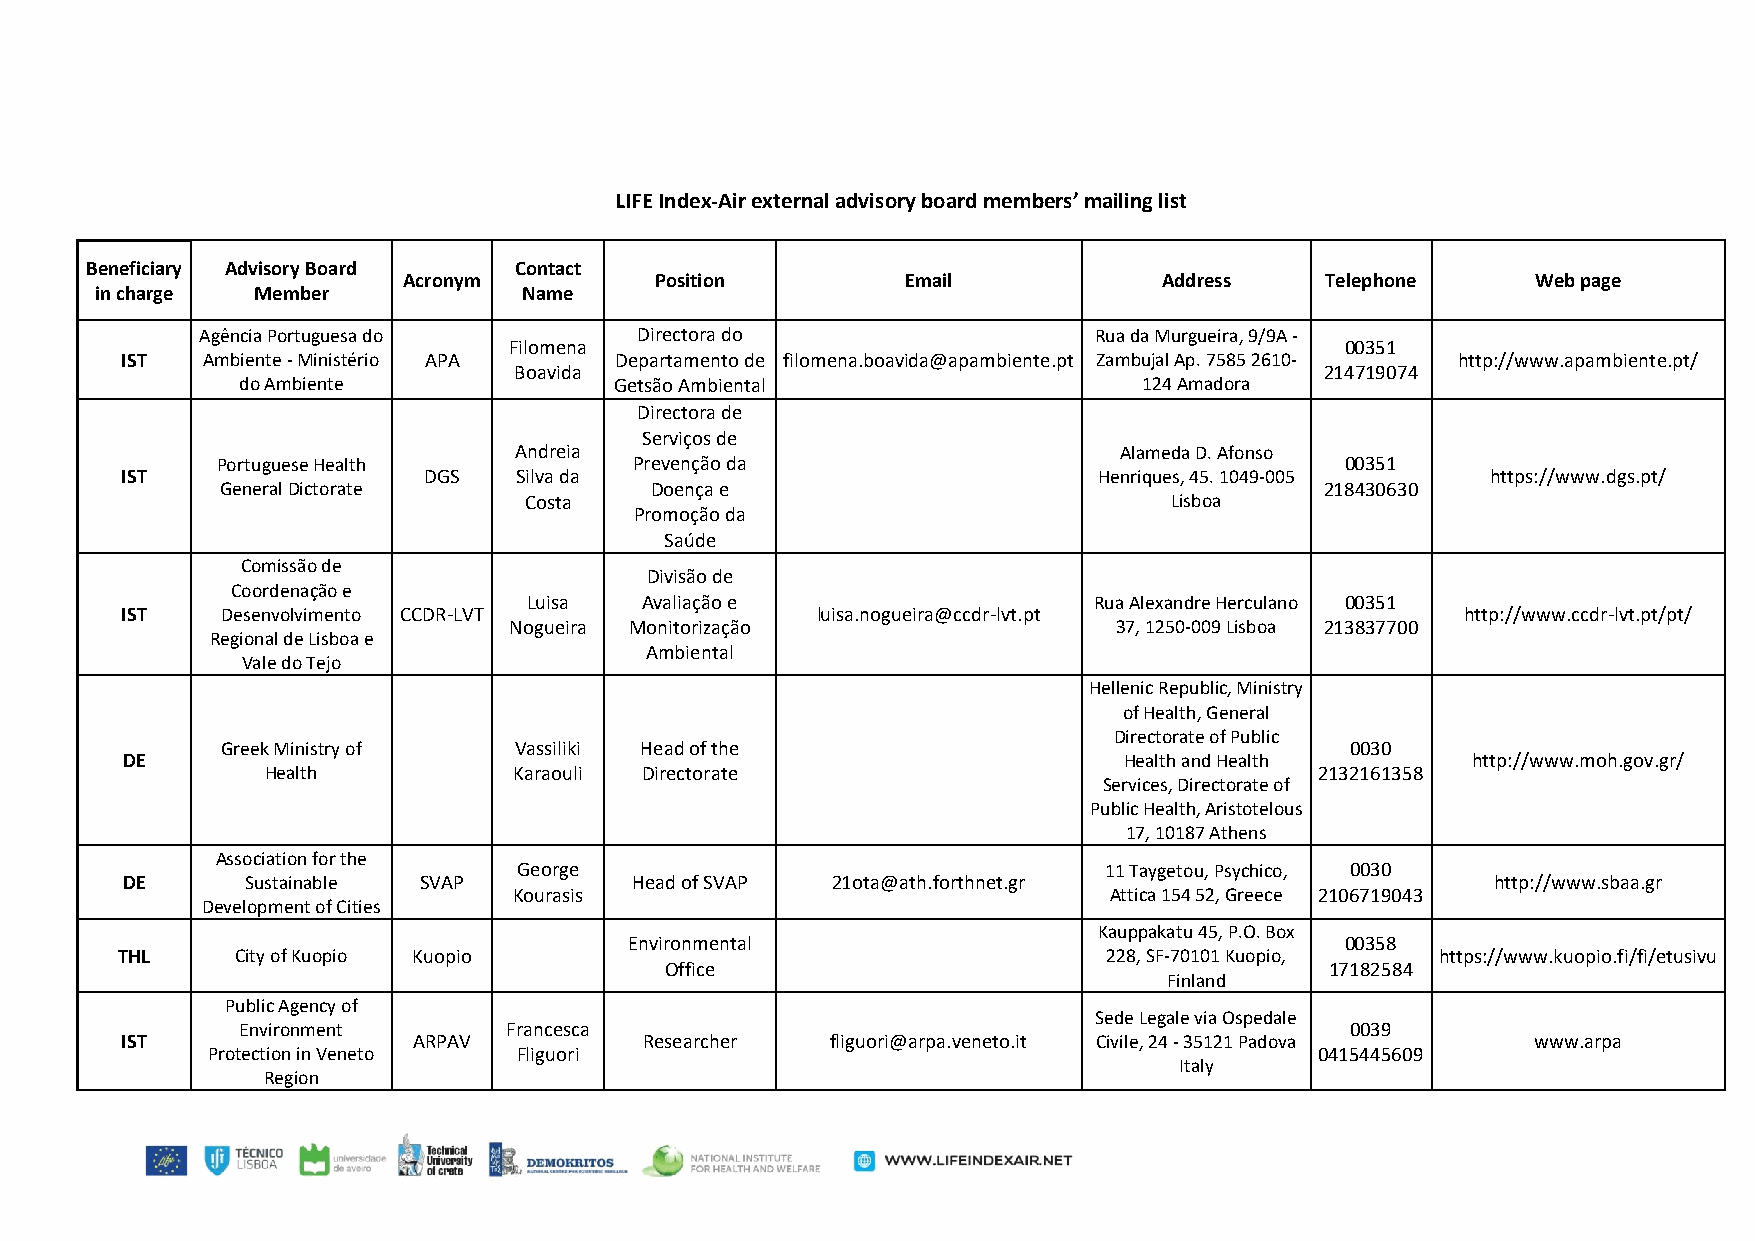
LIFE Index-Air external advisory board members’ mailing list
 Beneficiary Advisory Board  Contact
 Acronym         Position         Email            Address    Telephone     Web page
 in charge  Member            Name
 Agência Portuguesa do        Directora do                  Rua da Murgueira, 9/9A -
 Filomena                                               00351
 IST  Ambiente - Ministério APA   Departamento de filomena.boavida@apambiente.pt Zambujal Ap. 7585 2610- http://www.apambiente.pt/
 Boavida                                               214719074
 do Ambiente              Getsão Ambiental                   124 Amadora
 Directora de
 Serviços de
 Andreia                                 Alameda D. Afonso
 Portuguese Health           Prevenção da                                   00351
 IST                 DGS   Silva da                               Henriques, 45. 1049-005   https://www.dgs.pt/
 General Dictorate           Doença e                                     218430630
 Costa                                     Lisboa
 Promoção da
 Saúde
 Comissão de
 Divisão de
 Coordenação e
 Luisa  Avaliação e                   Rua Alexandre Herculano 00351
 IST    Desenvolvimento CCDR-LVT               luisa.nogueira@ccdr-lvt.pt                 http://www.ccdr-lvt.pt/pt/
 Nogueira Monitorização                  37, 1250-009 Lisboa 213837700
 Regional de Lisboa e
 Ambiental
 Vale do Tejo
 Hellenic Republic, Ministry
 of Health, General
 Directorate of Public
 Greek Ministry of  Vassiliki Head of the                                  0030
 DE                                                                Health and Health      http://www.moh.gov.gr/
 Health          Karaouli Directorate                                 2132161358
 Services, Directorate of
 Public Health, Aristotelous
 17, 10187 Athens
 Association for the
 George                                 11 Taygetou, Psychico, 0030
 DE      Sustainable SVAP          Head of SVAP 21ota@ath.forthnet.gr                       http://www.sbaa.gr
 Kourasis                               Attica 154 52, Greece 2106719043
 Development of Cities
 Kauppakatu 45, P.O. Box
 Environmental                                  00358
 THL     City of Kuopio Kuopio                                    228, SF-70101 Kuopio, https://www.kuopio.fi/fi/etusivu
 Office                                      17182584
 Finland
 Public Agency of
 Sede Legale via Ospedale
 Environment       Francesca                                              0039
 IST                ARPAV           Researcher  fliguori@arpa.veneto.it Civile, 24 - 35121 Padova www.arpa
 Protection in Veneto Fliguori                                            0415445609
 Italy
 Region